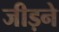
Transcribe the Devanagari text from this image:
जीड़ने